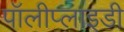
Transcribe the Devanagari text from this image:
पॉलीप्लाइडी